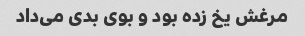
مرغش یخ زده بود و بوی بدی می‌داد